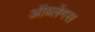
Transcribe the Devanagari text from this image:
ऑब्लेंगस